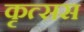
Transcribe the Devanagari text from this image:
कृत्सस